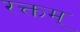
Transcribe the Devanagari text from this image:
रक्तम्